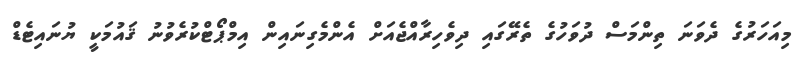
މިއަހަރުގެ ދެވަނަ ތިންމަސް ދުވަހުގެ ތެރޭގައި ދިވެހިރާއްޖެއަށް އެންމެގިނައިން އިމްޕޯޓްކުރެވުނު ޤައުމަކީ ޔުނައިޓެޑް